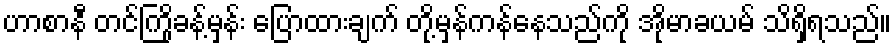
ဟာစာနီ တင်ကြိုခန့်မှန်း ပြောထားချက် တို့မှန်ကန်နေသည်ကို အိုမာခယမ် သိရှိရသည်။